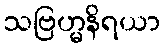
သဗြဟ္မနိရယာ